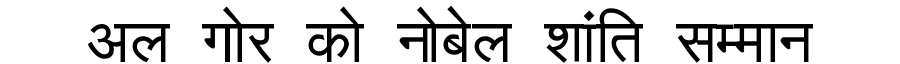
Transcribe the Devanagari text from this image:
अल गोर को नोबेल शांति सम्मान